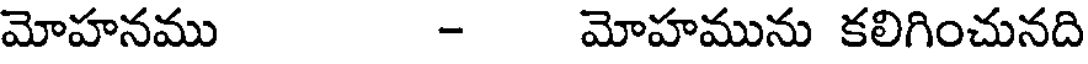
మోహనము - మోహమును కలిగించునది